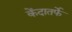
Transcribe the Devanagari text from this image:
केंदातर्फे